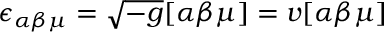
\epsilon _ { \alpha \beta \mu } = \sqrt { - g } [ \alpha \beta \mu ] = v [ \alpha \beta \mu ]